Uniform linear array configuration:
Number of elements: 24
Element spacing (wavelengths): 0.75
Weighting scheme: exponential
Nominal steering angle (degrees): -15
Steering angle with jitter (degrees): -15.499
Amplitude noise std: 0.05
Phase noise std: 0.05

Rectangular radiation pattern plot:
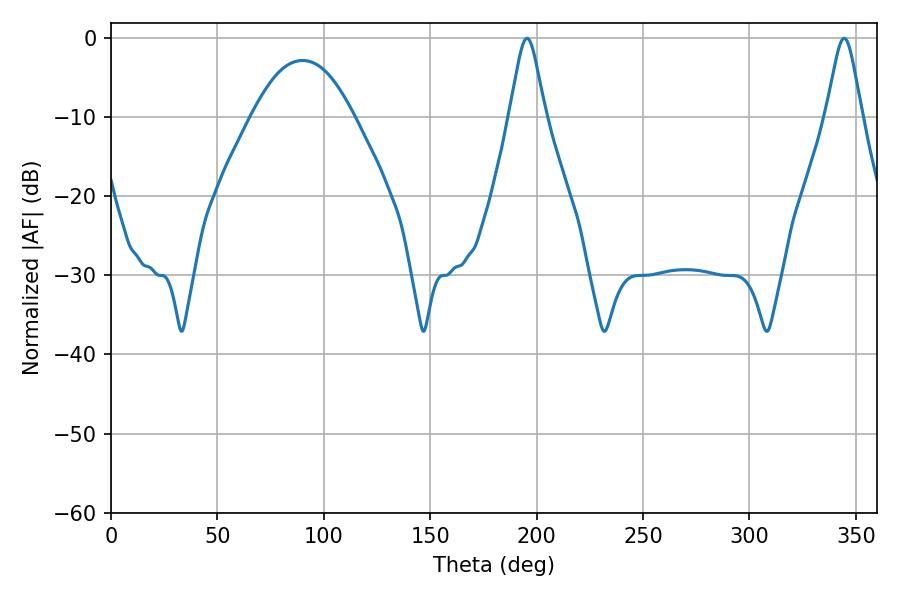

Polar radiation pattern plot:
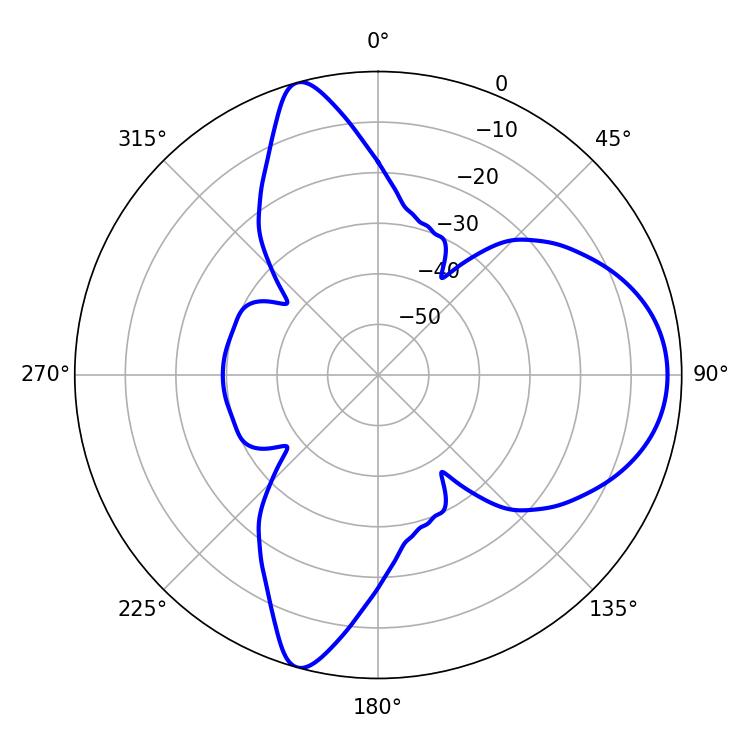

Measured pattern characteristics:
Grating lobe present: TRUE
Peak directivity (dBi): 9.771
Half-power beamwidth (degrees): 8.1
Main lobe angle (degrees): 195.48